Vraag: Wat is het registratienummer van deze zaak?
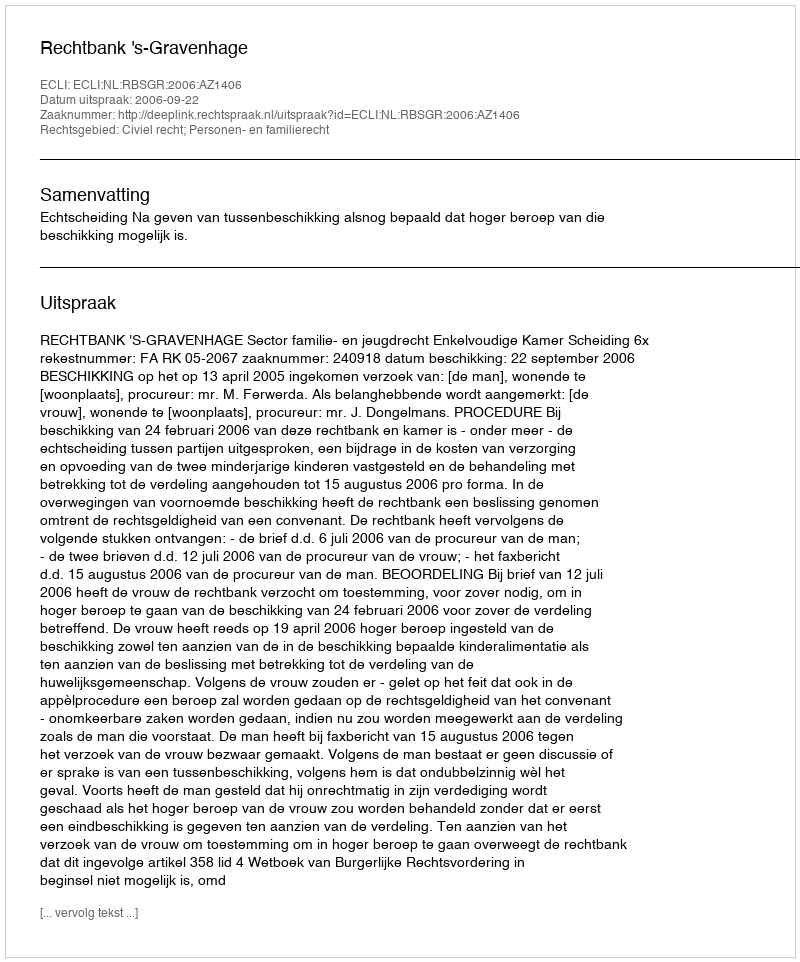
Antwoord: http://deeplink.rechtspraak.nl/uitspraak?id=ECLI:NL:RBSGR:2006:AZ1406